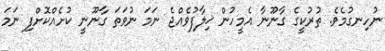
ނުހިނގުމެވެ. ތުރުކީގެ ގާނޫނާ އެމީހުން ޚިލާފުވެއްޖެ ނަމަ ނުވަތަ ގާނޫނީ ކުށެއްކޮށްފި ނަމަ